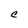
Character: C